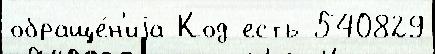
обраще́н'иjа Код есть 540829